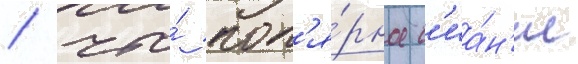
/ что́ пол'я́рное с'иа́н'ие